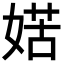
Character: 𡞯